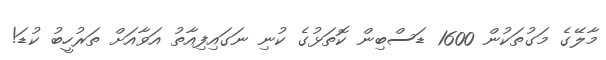
މާލޭގެ މަގުތަކުން 1600 ޑަސްބިން ކޮތަޅުގެ ކުނި ނަގައިފިއާތު އަވާއަށް ތަރުހީބު ކުޑަ!